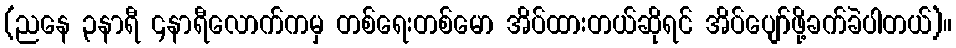
(ညနေ ၃နာရီ ၄နာရီလောက်ကမှ တစ်ရေးတစ်မော အိပ်ထားတယ်ဆိုရင် အိပ်ပျော်ဖို့ခက်ခဲပါတယ်)။